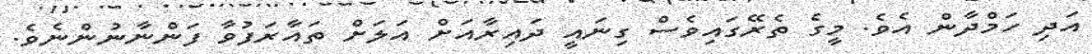
އަދި ހަމްދާން އެވެ. މީގެ ތެރޭގައިވެސް ގިނައީ ދައިރާއަށް އަލަށް ތައާރަފުވާ ފަންނާނުންނެވެ.